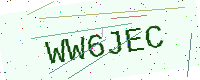
Text: WW6JEC